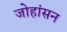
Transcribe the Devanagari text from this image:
जोहांसन